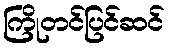
ကြိုတင်ပြင်ဆင်